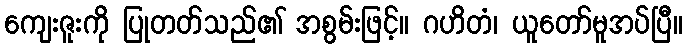
ကျေးဇူးကို ပြုတတ်သည်၏ အစွမ်းဖြင့်။ ဂဟိတံ၊ ယူတော်မူအပ်ပြီ။